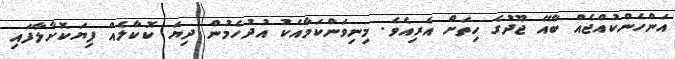
އަންހެންކުއްޖެއް ބާއޭ ޖޫދުގެ ހިތަށް އެރިއެވެ. މިނިވަންކަމާއެކު އުދުހެމުން ދިޔަ ކޮކާލެއް ފިޔަކޮށާލާފައި